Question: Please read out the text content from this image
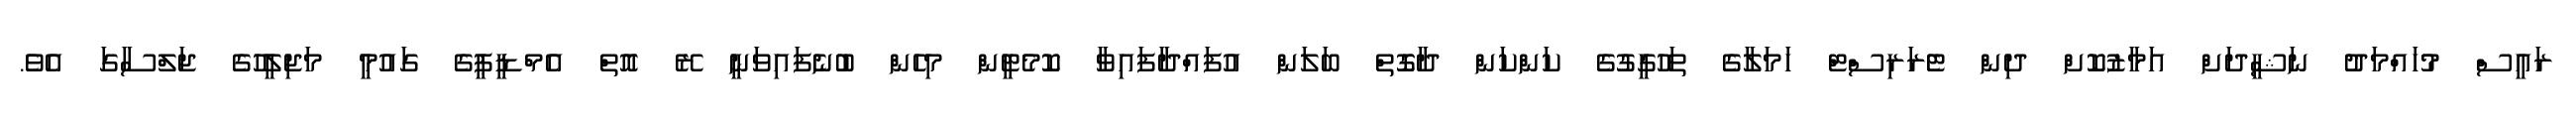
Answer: ރައީސް މުހައްމަދު ނަޝީދަށް އަމާޒުކޮށް ދިން ޓެރަރިސްޓް ހަމަލާގެ ތަހުގީގުގެ ކަންކަން ދާގޮތް ބަލަން އުފައްދާފައިވާ ކޮމެޓީން މިހެން ބުނެފައިވަނީ ރޭ އޮތް އެމްޑީޕީގެ ގައުމީ މަޖިލީހުގެ ޖަލްސާގަ އެވެ.